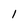
Character: 1